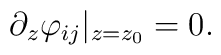
\partial_z \varphi_{ij} \vert_{z=z_0} =0.